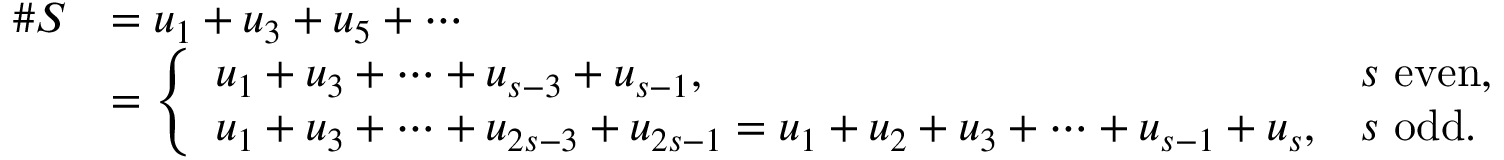
\begin{array} { r l } { \# S } & { = u _ { 1 } + u _ { 3 } + u _ { 5 } + \cdots } \\ & { = \left\{ \begin{array} { l l } { u _ { 1 } + u _ { 3 } + \cdots + u _ { s - 3 } + u _ { s - 1 } , } & { s \mathrm { ~ e v e n } , } \\ { u _ { 1 } + u _ { 3 } + \cdots + u _ { 2 s - 3 } + u _ { 2 s - 1 } = u _ { 1 } + u _ { 2 } + u _ { 3 } + \cdots + u _ { s - 1 } + u _ { s } , } & { s \mathrm { ~ o d d } . } \end{array} \right. } \end{array}